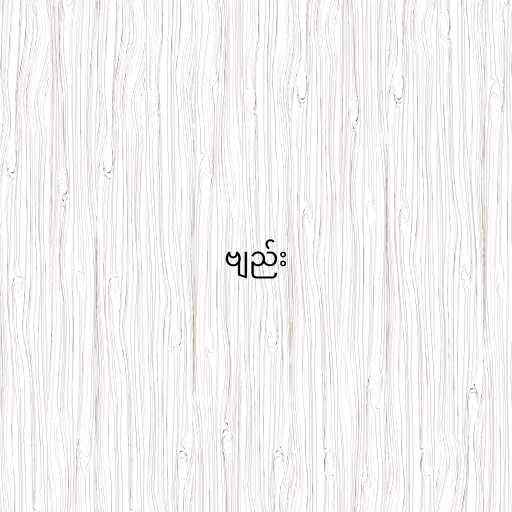
ဗျည်း